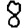
Digit: 8